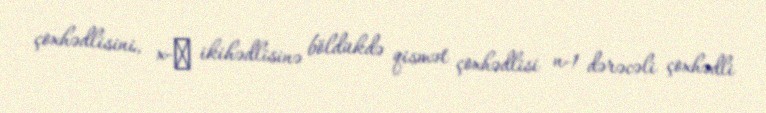
çoxhədlisini, x-α ikihədlisinə böldükdə qismət çoxhədlisi n-1 dərəcəli çoxhədli